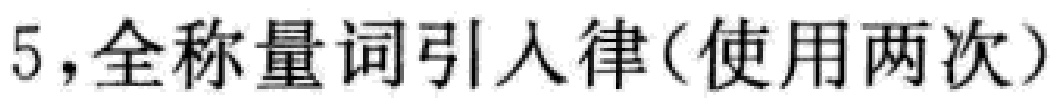
5，全称量词引入律(使用两次)